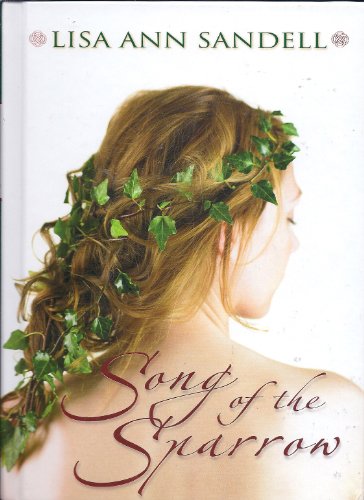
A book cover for Song of the Sparrow; Lisa Ann Sandell; Science Fiction & Fantasy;